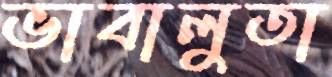
ভাবালুতা